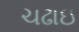
ચઢાઇ